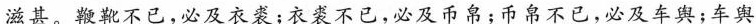
滋甚。鞭靴不已，必及衣裘；衣裘不已，必及币帛；币帛不已，必及车舆；车舆